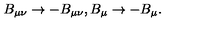
B _ { \mu \nu } \rightarrow - B _ { \mu \nu } , B _ { \mu } \rightarrow - B _ { \mu } .